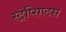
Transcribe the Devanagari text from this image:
स्ट्रेप्सिप्टस